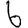
Digit: 6